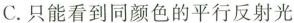
C.只能看到同颜色的平行反射光